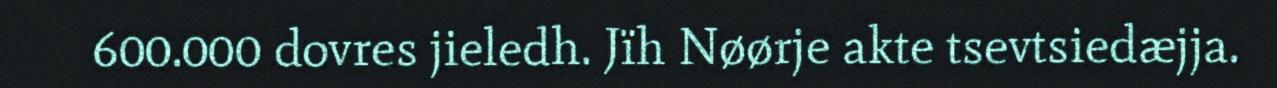
600.000 dovres jieledh. Jïh Nøørje akte tsevtsiedæjja.